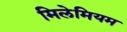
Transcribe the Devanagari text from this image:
मिलेमियम